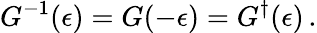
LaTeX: G^{-1}(\epsilon)=G(-\epsilon)=G^{\dagger}(\epsilon)\, .